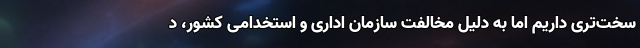
سخت‌تری داریم اما به‌ دلیل مخالفت سازمان اداری و استخدامی کشور، د